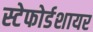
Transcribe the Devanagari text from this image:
स्टेफोर्डशायर